Insane asylums in Bengal annual reports 1867-1875 - 1867-1875
Year: 1867
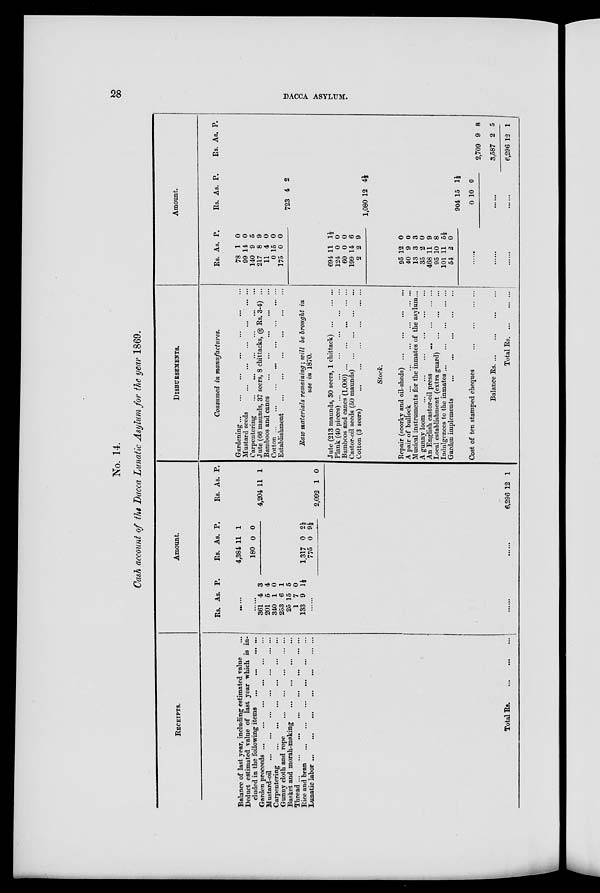
28
DACCA ASYLUM.
No. 14.
Cash account of the Dacca Lunatic Asylum for the year 1869.
RECEIPTS.
Balance of last year, including estimated value
...
Deduct estimated value of last year which is in-
cluded in the following items
...
...
...
...
Garden proceeds ... ... ... ... ... ...
Mustard-oil ... ... ... ... ... ... ...
Carpentering ... ... ... ...
...
...
Gunny cloth and rope
...
...
...
...
...
Basket and morah-making ...
...
... ...
Thread ... ... ... ... ... ... ... ...
Rice and bran
...
...
...
...
...
...
Lunatic labor
...
...
...
...
...
...
...
Total Rs.
...
...
...
Amount.
Rs. As. P.
......
......
361
201
340
253
25
1
133
4
5
1
6
15
7
9
3
4
0
1
5
0
1½
......
......
Rs.
4,384
180
1,317
775
As.
11
0
0
0
P.
1
0
2½
9½
......
Rs.
4,204
2,092
As.
11
1
P.
1
0
6,296 12 1
DISBURSEMENTS.
Consumed in manufactures.
Gardening
...
...
...
...
...
...
...
Mustard seeds
...
...
...
... ... ...
Carpentering
...
...
...
...
...
...
Jute (66 maunds, 37 seers, 8 chittacks, @ Rs. 3-4) ...
Bamboos and canes ... ... ... ... ...
Cotton
...
...
... ... ... ... ... ...
Establishment
...
...
...
...
...
...
Raw materials remaining ; will be brought in
use in 1870.
Jute (213 maunds, 30 seers, 1 chittack) ... ... ...
Plank (40 pieces)
...
...
...
...
...
...
Bamboos and canes (1,000)
...
...
...
...
...
Castor-oil seeds (50 maunds)
...
...
...
...
Cotton (3 seers) ... ... ... ... ... ...
Stock.
Repair (soorky and oil-sheds) ... ... ... ...
A pair of bullock
...
...
...
... ... ...
Musical instruments for the inmates of the asylum...
A gunny loom
...
...
...
...
...
...
An English castor-oil press
...
...
...
...
Local establishment (extra guard)
...
...
...
Indulgences to the inmates ...
...
... ... ...
Garden implements ... ... ... ... ...
Cost of ten stamped cheques
... ... ... ...
Balance Rs.
...
...
...
...
Total Rs. ... ... ...
Amount.
Rs.
78
99
140
217
11
0
175
694
124
60
199
2
95
40
13
35
468
95
101
54
As
1
14
9
8
4
15
0
11
0
0
14
2
12
9
3
2
11
10
11
2
P.
0
0
5
9
0
0
0
1½
0
0
6
9
0
0
3
0
9
8
5½
0
......
......
......
Rs.
723
1,080
904
0
As.
4
12
15
10
P
2
4½
1½
0
......
......
Rs.
2 709
3,587
6,296
As.
9
2
12
P.
8
5
1